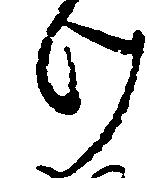
け